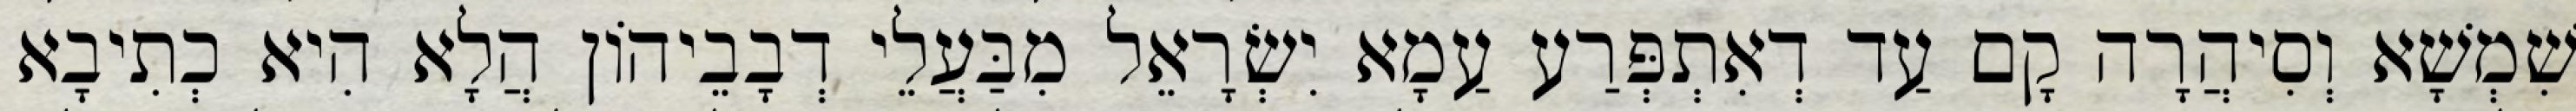
שִׁמְשָׁא וְסִיהֲרָה קָם עַד דְאִתְפְּרַע עַמָא יִשְׂרָאֵל מִבַּעֲלֵי דְבָבֵיהוֹן הֲלָא הִיא כְתִיבָא